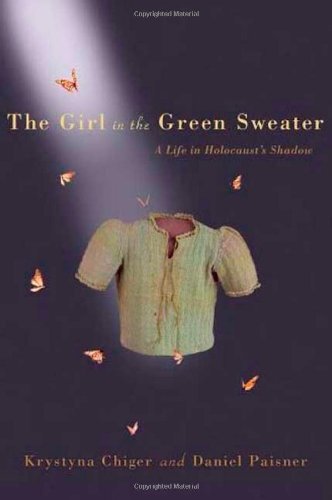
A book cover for The Girl in the Green Sweater: A Life in Holocaust's Shadow; Krystyna Chiger; Biographies & Memoirs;